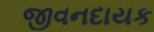
જીવનદાયક